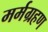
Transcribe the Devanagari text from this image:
मर्मग्रहण